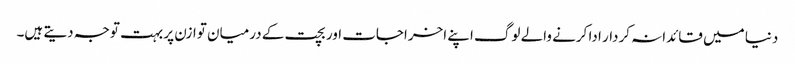
دنیا میں قائدانہ کردار ادا کرنے والے لوگ اپنے اخراجات اور بچت کے درمیان توازن پر بہت توجہ دیتے ہیں۔